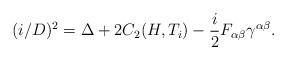
LaTeX: \begin{align*}(i\slash D )^2=\Delta + 2C_2(H,T_i)-{i\over 2} F_{\alpha\beta}\gamma^{\alpha\beta}.\end{align*}